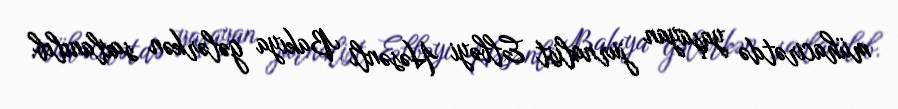
mühacirətdə yaşayan jurnalist Elbəyi Həsənli Bakıya gələrkən saxlanılıb.